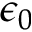
\epsilon _ { 0 }